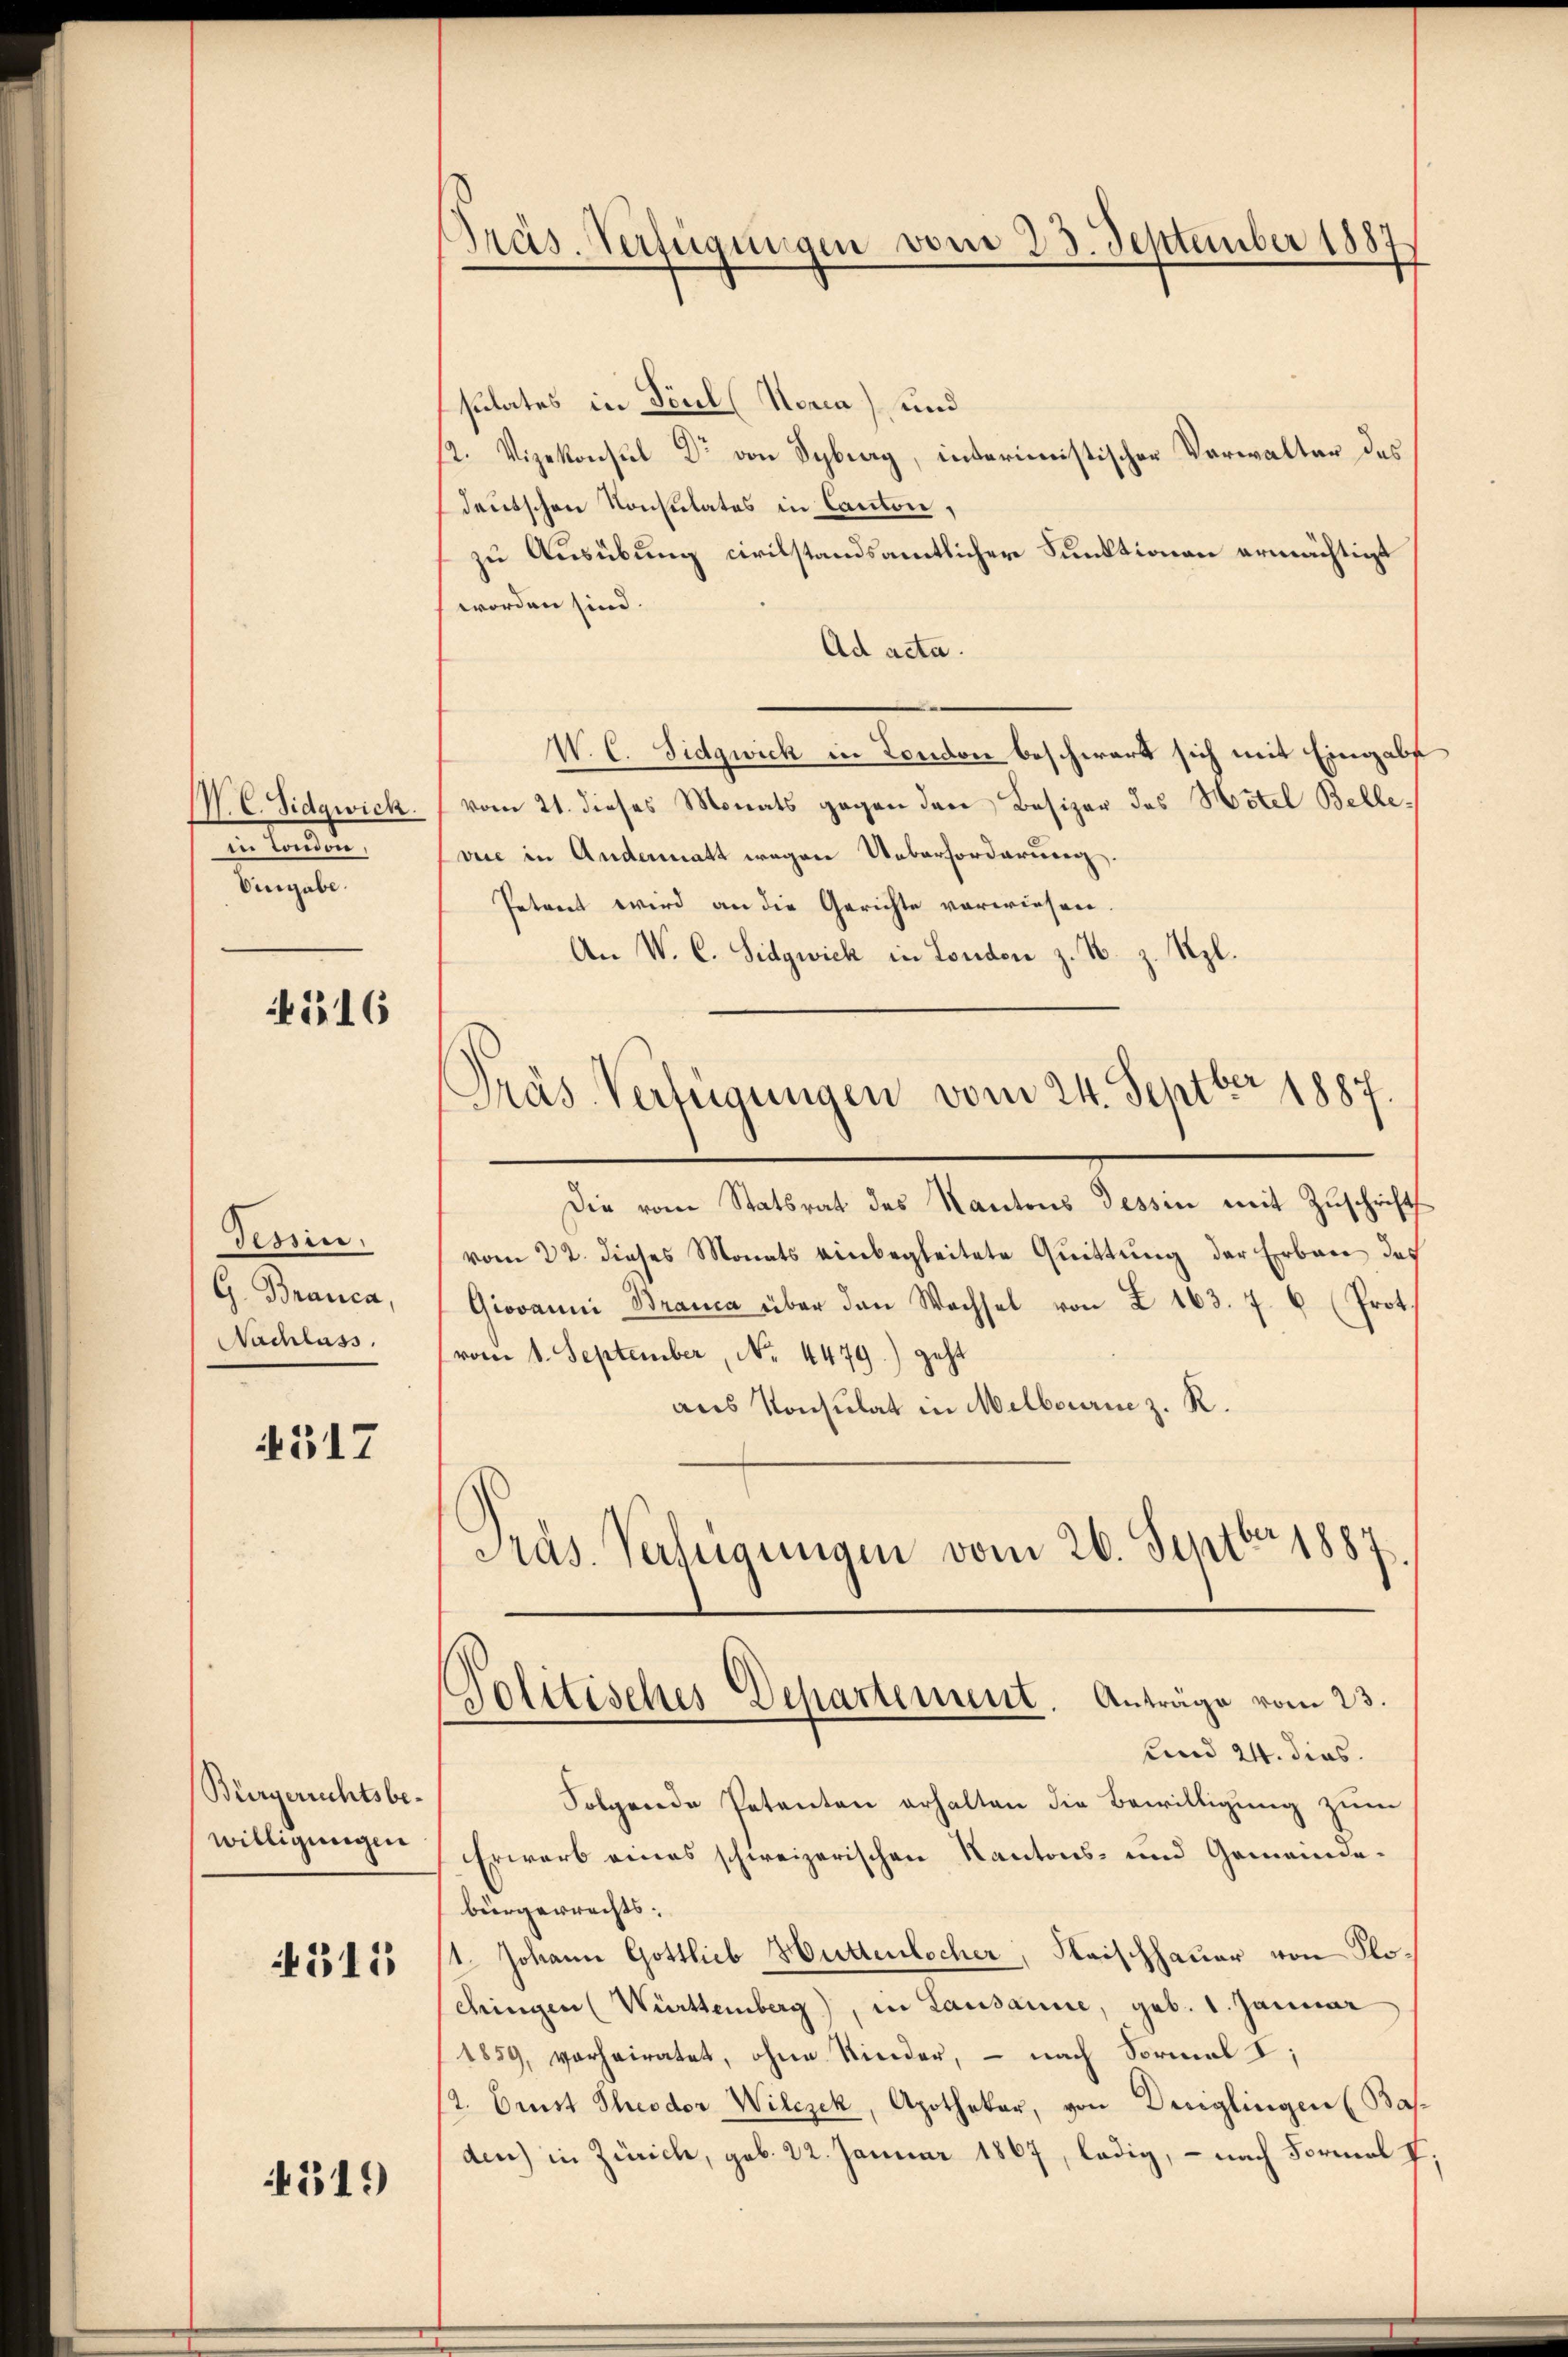
P. C. Sidgwich.
den kannte
Eingabe.

516

Tessin.
G. Branca,
Nachlass

4517

Bürgerrechtsbewilligungen

511

4519

Präs. Verfügungen vom 23. September 1887

sulates in Paul (Nera) und
2. Vizekonsul Dr von Sybig, interimistischer Verwalter des
deutschen Konsulates in Canton,
zu Ausübung civilstandsamtlicher Funktionen ermächtigt
worden sind.
Ad acta.
V. C. Sidgwick in London beschwart sich mit Eingabe
vom 21. dieses Monats gegen den Besizer des Hotel Bellevice in Andermatt wegen Ueberforderung.
Petent wird an die Gerichte vorwiesen.
An W. C. Sidgwick in London z. N. z. Szl.
Die vom Statsrat des Kantons Tessin mit Zŭschrift
vom 22. dieses Monats einbegleitete Quittung der Erbau des
Giovanni Branca über den Wachsel von Z. 163. 7. 6 (Prot.
vom 1. September, No. 4479) geht
aus Konsulat in Melbourne z. R.
Präs. Verfügungen vom 26. Septbr 1887
Politisches Departement. Anträge vom 23.
und 24. dies
Folgende Petenten erhalten die Bewilligung zum
Erwarb eines schweizerischen Kantons- und Gemeinde-
bürgerrechts- |
1. Johann Gottlieb Hüttenlocher, Kaischhauer von Klochingen (Württemberg), in Lausanne, geb. 1. Januar
1859, vorheiratet, ohne Kinder, – nach Formal I;
st. Erst Theodor Wilczek, Apothekar, von Dreiglingen (Bas
den) in Zürich, geb. 22. Januar 1867, ledig, – nach Formal f

Präs. Verfügungen vom 24. Septber 1887.